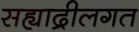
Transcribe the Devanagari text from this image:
सह्याद्रीलगत